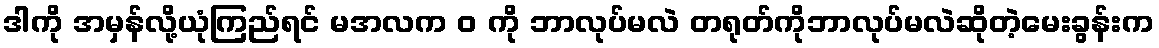
ဒါကို အမှန်လို့ယုံကြည်ရင် မအလက ဝ ကို ဘာလုပ်မလဲ တရုတ်ကိုဘာလုပ်မလဲဆိုတဲ့မေးခွန်းက